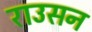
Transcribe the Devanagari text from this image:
राउसन